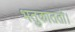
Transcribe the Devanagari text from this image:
भतुकाततो।